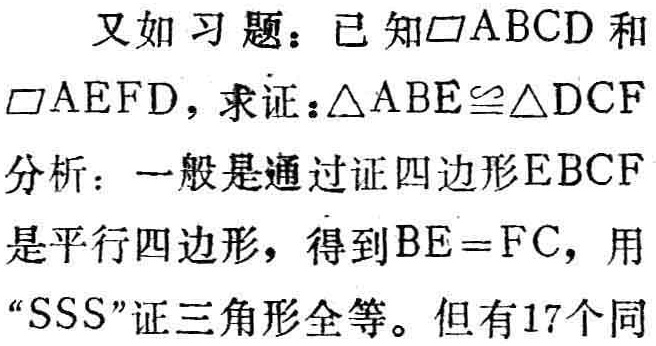
又如习题：已知$\square ABCD$和
$\square AEFD$，求证：$\triangle ABE\cong\triangle DCF$
分析：一般是通过证四边形$EBCF$
是平行四边形，得到$BE = FC$，用
“SSS”证三角形全等。但有17个同